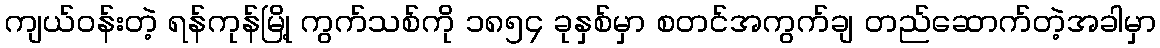
ကျယ်ဝန်းတဲ့ ရန်ကုန်မြို့ ကွက်သစ်ကို ၁၈၅၄ ခုနှစ်မှာ စတင်အကွက်ချ တည်ဆောက်တဲ့အခါမှာ